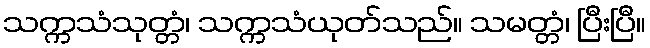
သက္ကသံသုတ္တံ၊ သက္ကသံယုတ်သည်။ သမတ္တံ၊ ပြီးပြီ။